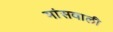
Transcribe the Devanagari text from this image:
मांसवाली